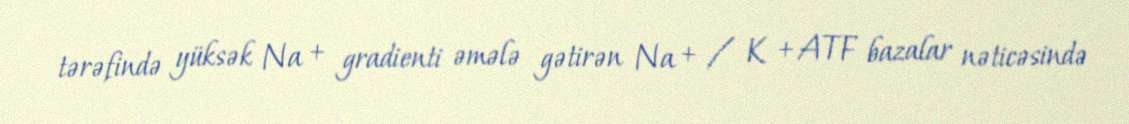
tərəfində yüksək Na + gradienti əmələ gətirən Na + / K + ATF bazalar nəticəsində